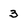
Character: 3